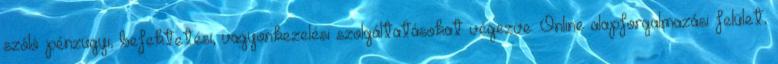
szóló pénzügyi, befektetési, vagyonkezelési szolgáltatásokat végezve. Online alapforgalmazási felület,